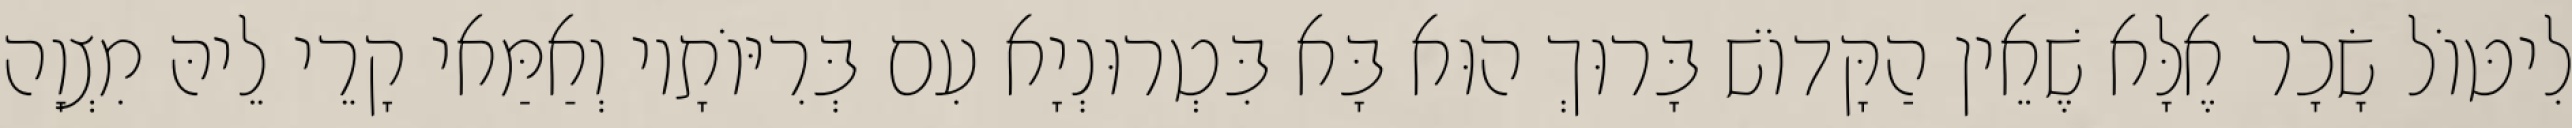
לִיטּוֹל שָׂכָר אֶלָּא שֶׁאֵין הַקָּדוֹשׁ בָּרוּךְ הוּא בָּא בִּטְרוּנְיָא עִם בְּרִיּוֹתָיו וְאַמַּאי קָרֵי לֵיהּ מִצְוָה